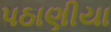
પઠાણીયા